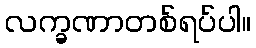
လက္ခဏာတစ်ရပ်ပါ။